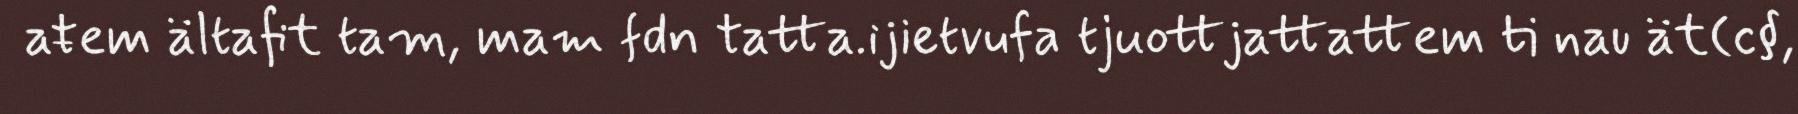
aŧem ältafit tam, mam fdn tatta.ijietvufa tjuottjattattem ti nau ät(c§,